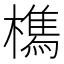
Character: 𭬘